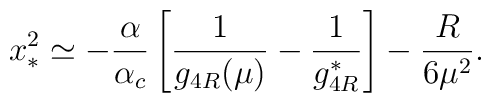
x^2_{\ast} \simeq         - {\frac{\alpha}{\alpha_c}}                 \left[{\frac{1}{g_{4R}(\mu)}}-                 {\frac{1}{g_{4R}^{\ast}}}\right]          - {\frac{R}{6\mu^2}}.